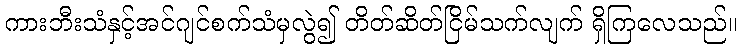
ကားဘီးသံနှင့်အင်ဂျင်စက်သံမှလွဲ၍ တိတ်ဆိတ်ငြိမ်သက်လျက် ရှိကြလေသည်။